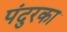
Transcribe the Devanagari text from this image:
पंदुरका